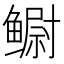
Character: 鳚